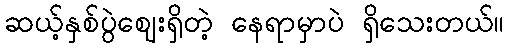
ဆယ့်နှစ်ပွဲဈေးရှိတဲ့ နေရာမှာပဲ ရှိသေးတယ်။